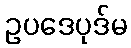
ဥပဒေပုဒ်မ